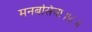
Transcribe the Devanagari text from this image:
मनबसिया॥८॥